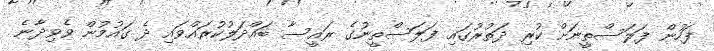
ފަހުން ފަލަސްތީނަށް ކުރި ދަތުރުގައި ފަލަސްތީނުގެ ރައީސާ ބައްދަލުކުރައްވައި ދެ ގައުމުން ވެވިދާނެ